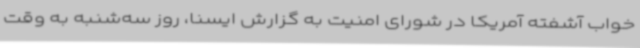
خواب آشفته آمریکا در شورای امنیت به گزارش ایسنا، روز سه‌شنبه به وقت